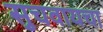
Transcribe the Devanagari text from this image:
सुचवायचा